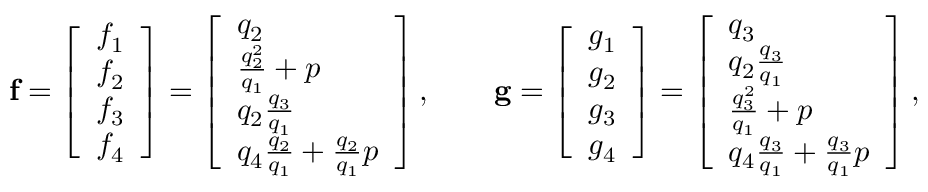
\mathbf { f } = \left[ \begin{array} { l } { f _ { 1 } } \\ { f _ { 2 } } \\ { f _ { 3 } } \\ { f _ { 4 } } \end{array} \right] = \left[ \begin{array} { l } { q _ { 2 } } \\ { \frac { q _ { 2 } ^ { 2 } } { q _ { 1 } } + p } \\ { q _ { 2 } \frac { q _ { 3 } } { q _ { 1 } } } \\ { q _ { 4 } \frac { q _ { 2 } } { q _ { 1 } } + \frac { q _ { 2 } } { q _ { 1 } } p } \end{array} \right] , \qquad \mathbf { g } = \left[ \begin{array} { l } { g _ { 1 } } \\ { g _ { 2 } } \\ { g _ { 3 } } \\ { g _ { 4 } } \end{array} \right] = \left[ \begin{array} { l } { q _ { 3 } } \\ { q _ { 2 } \frac { q _ { 3 } } { q _ { 1 } } } \\ { \frac { q _ { 3 } ^ { 2 } } { q _ { 1 } } + p } \\ { q _ { 4 } \frac { q _ { 3 } } { q _ { 1 } } + \frac { q _ { 3 } } { q _ { 1 } } p } \end{array} \right] ,